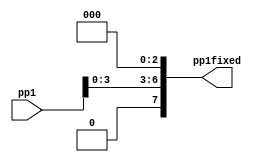

module shifter3(input [7:0] pp1, output wire [7:0] pp1fixed );



wire [7:0] help ;

assign help [7:4] = 4'b0000;
assign help [3:0] = pp1[3:0];
assign pp1fixed = help<<3;


endmodule